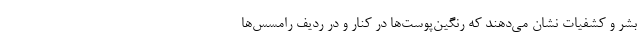
بشر و کشفیات نشان می‌دهند که رنگین‌پوست‌ها در کنار و در ردیف رامسس‌ها